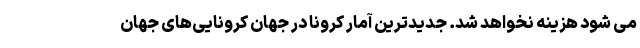
می شود هزینه نخواهد شد. جدیدترین آمار کرونا در جهان کرونایی‌های جهان